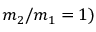
m _ { 2 } / m _ { 1 } = 1 )